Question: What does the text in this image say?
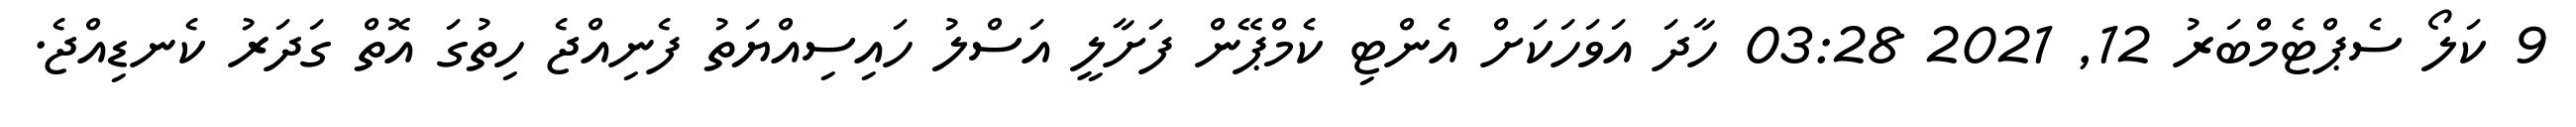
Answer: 9 ކަލޯ ސެޕްޓެމްބަރު 12, 2021 03:28 ހާދަ އަވަހަކަށް އެންޓި ކެމްޕޭން ފަށާލީ އަސްލު ހައިސިއްޔަތު ފެނިއްޖެ ހިތުގަ އޮތް ގަދަރު ކެނޑިއްޖެ.